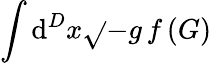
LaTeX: \int\mathrm{d}^{D}x{\sqrt{}{{-g}}}\, f\left(G\right)